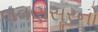
લવણસૂરનો